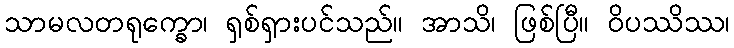
သာမလတရုက္ခော၊ ရှစ်ရှားပင်သည်။ အာသိ၊ ဖြစ်ပြီ။ ဝိပဿိဿ၊